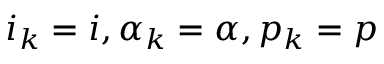
i _ { k } = i , \alpha _ { k } = \alpha , p _ { k } = p